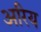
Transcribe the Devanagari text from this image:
अरिय